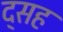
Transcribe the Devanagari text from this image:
द्सह